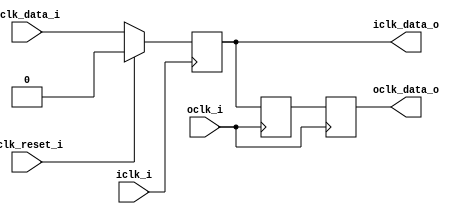
module bsg_launch_sync_sync_posedge_1_unit
(
  iclk_i,
  iclk_reset_i,
  oclk_i,
  iclk_data_i,
  iclk_data_o,
  oclk_data_o
);

  input [0:0] iclk_data_i;
  output [0:0] iclk_data_o;
  output [0:0] oclk_data_o;
  input iclk_i;
  input iclk_reset_i;
  input oclk_i;
  wire [0:0] iclk_data_o,oclk_data_o,bsg_SYNC_1_r;
  wire N0,N1,N2,N3;
  reg iclk_data_o_0_sv2v_reg,bsg_SYNC_1_r_0_sv2v_reg,oclk_data_o_0_sv2v_reg;
  assign iclk_data_o[0] = iclk_data_o_0_sv2v_reg;
  assign bsg_SYNC_1_r[0] = bsg_SYNC_1_r_0_sv2v_reg;
  assign oclk_data_o[0] = oclk_data_o_0_sv2v_reg;

  always @(posedge iclk_i) begin
    if(1'b1) begin
      iclk_data_o_0_sv2v_reg <= N3;
    end 
  end


  always @(posedge oclk_i) begin
    if(1'b1) begin
      bsg_SYNC_1_r_0_sv2v_reg <= iclk_data_o[0];
    end 
  end


  always @(posedge oclk_i) begin
    if(1'b1) begin
      oclk_data_o_0_sv2v_reg <= bsg_SYNC_1_r[0];
    end 
  end

  assign N3 = (N0)? 1'b0 : 
              (N1)? iclk_data_i[0] : 1'b0;
  assign N0 = iclk_reset_i;
  assign N1 = N2;
  assign N2 = ~iclk_reset_i;

endmodule